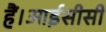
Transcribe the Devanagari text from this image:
हैं।आईसीसी